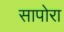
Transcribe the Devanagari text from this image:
सापोरा